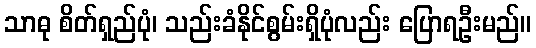
သာဓု စိတ်ရှည်ပုံ၊ သည်းခံနိုင်စွမ်းရှိပုံလည်း ပြောရဦးမည်။